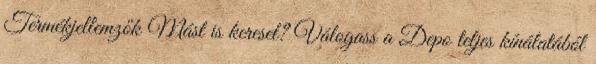
Termékjellemzők Mást is keresel? Válogass a Depo teljes kínálatából